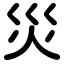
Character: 災